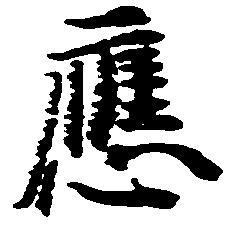
応